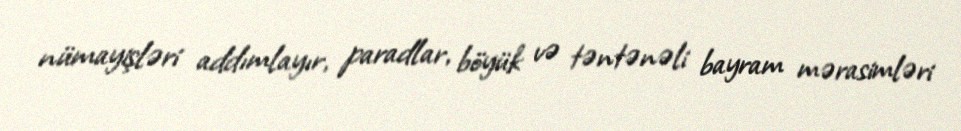
nümayişləri addımlayır, paradlar, böyük və təntənəli bayram mərasimləri